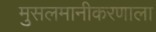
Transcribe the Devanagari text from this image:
मुसलमानीकरणाला